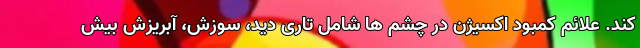
کند. علائم کمبود اکسیژن در چشم ها شامل تاری دید، سوزش، آبریزش بیش